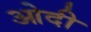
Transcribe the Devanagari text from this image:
ओदी